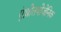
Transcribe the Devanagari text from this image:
एंथ्रोतपोजेनिक